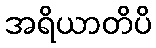
အရိယာတိပိ